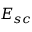
\boldsymbol { E } _ { s c }